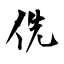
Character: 侁